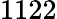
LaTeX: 1122